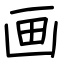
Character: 画